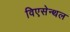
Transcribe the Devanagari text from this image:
विएसेन्थल